Vaccination United Provinces of Agra and Oudh 1914-1922 - 1914-1922
Year: 1914
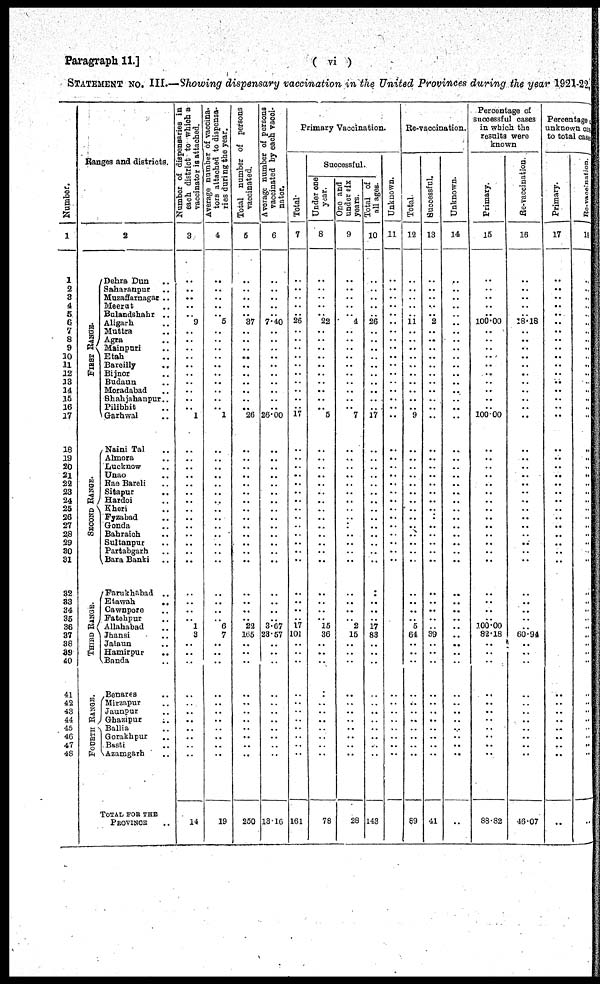
Paragraph 11.]
( vi )
STATEMENT No. III.—Showing dispensary vaccination in the United Provinces during the year 1921-22
Number.
1
1
2
3
4
5
6
7
8
9
10
11
12
13
14
15
16
17
18
19
20
21
22
23
24
25
26
27
28
29
30
31
32
33
34
35
36
37
38
39
40
41
42
43
44
45
46
47
48
Ranges and districts.
2
FIRST RANGE.
SECOND RANGE.
THIRD RANGE.
FOURTH RANGE.
Dehra Dun ..
Saharanpur ..
Muzaffarnagar ..
Meerut ..
Bulandshahr ..
Aligarh ..
Muttra ..
Agra ..
Mainpuri ..
Etah ..
Bareilly ..
Bijnor ..
Budaun ..
Moradabad ..
Shahjahanpur ..
Pilibhit ..
Garhwal ..
Naini Tal ..
Almora ..
Lucknow ..
Unao ..
Rae Bareli ..
Sitapur ..
Hardoi ..
Kheri ..
Fyzabad ..
Gonda ..
Bahraich ..
Sultanpur ..
Partabgarh ..
Bara Banki ..
Farukhabad ..
Etawah ..
Cawnpore ..
Fatehpur ..
Allahabad ..
Jhansi ..
Jalaun ..
Hamirpur ..
Banda ..
Benares ..
Mirzapur ..
Jaunpur ..
Ghazipur ..
Ballia ..
Gorakhpur ..
Basti ..
Azamgarh ..
TOTAL FOR THE
PROVINCE ..
Number of dispensaries in
each district to which a
vaccinator is attached.
3
..
..
..
..
..
9
..
..
..
..
..
..
..
..
..
.. 1
..
..
..
..
..
..
..
..
..
..
..
..
..
..
..
..
..
..
1
3
..
..
..
..
..
..
..
..
..
..
..
14
Average number of vaccina¬
tors attached to dispensa-
ries during the year.
4
..
..
..
..
..
5
..
..
..
..
..
..
..
..
..
.. 1
..
..
..
..
..
..
..
..
..
..
..
..
..
..
..
..
..
..
6
7
..
..
..
..
..
..
..
..
..
..
..
19
Total number of persons
vaccinated.
5
..
..
..
..
..
37
..
..
..
..
..
..
..
..
..
..
26
..
..
..
..
..
..
..
..
..
..
..
..
..
..
..
..
..
..
22
165
..
..
..
..
..
..
..
..
..
..
..
250
Average number of persons
vaccinated by each vacci¬
nator.
6
..
..
..
..
..
7.40
..
..
..
..
..
..
..
..
..
..
26.00
..
..
..
..
..
..
..
..
..
..
..
..
..
..
..
..
..
..
3.67
23.57
..
..
..
..
..
..
..
..
..
..
..
13.16
Primary Vaccination.
Total
7
..
..
..
..
..
26
..
..
..
..
..
..
..
..
..
..
17
..
..
..
..
..
..
..
..
..
..
..
..
..
..
..
..
..
..
17
101
..
..
..
..
..
..
..
..
..
..
..
161
Successful.
Under one
year.
8
..
..
..
..
..
22
..
..
..
..
..
..
..
..
..
.. 5
..
..
..
..
..
..
..
..
..
..
..
..
..
..
..
..
..
..
15
36
..
..
..
..
..
..
..
..
..
..
..
78
One and
under six
years.
9
..
..
..
..
..
4
..
..
..
..
..
..
..
..
..
.. 7
..
..
..
..
..
..
..
..
..
..
..
..
..
..
..
..
..
..
2
15
..
..
..
..
..
..
..
..
..
..
..
28
Total of
all ages.
10
..
..
..
..
..
26
..
..
..
..
..
..
..
..
..
.. 17
..
..
..
..
..
..
..
..
..
..
..
..
..
..
..
..
..
..
17
83
..
..
..
..
..
..
..
..
..
..
..
143
Unknown.
11
..
..
..
..
..
..
..
..
..
..
..
..
..
..
..
..
..
..
..
..
..
..
..
..
..
..
..
..
..
..
..
..
..
..
..
..
..
..
..
..
..
..
..
..
..
..
..
..
..
Re-vaccination.
Total.
12
..
..
..
..
..
11
..
..
..
..
..
..
..
..
..
.. 9
..
..
..
..
..
..
..
..
..
..
..
..
..
..
..
..
..
5
64
..
..
..
..
..
..
..
..
..
..
..
89
Successful.
13
..
..
..
..
..
2
..
..
..
..
..
..
..
..
..
..
..
..
..
..
..
..
..
..
..
..
..
..
..
..
..
..
..
..
..
..
39
..
..
..
..
..
..
..
..
..
..
..
41
Unknown.
14
..
..
..
..
..
..
..
..
..
..
..
..
..
..
..
..
..
..
..
..
..
..
..
..
..
..
..
..
..
..
..
..
..
..
..
..
..
..
..
..
..
..
..
..
..
..
..
..
..
Percentage of
successful cases
in which the
results were
known
Primary.
15
..
..
..
..
..
100.00
..
..
..
..
..
..
..
..
..
.. 100.00
..
..
..
..
..
..
..
..
..
..
..
..
..
..
..
..
..
..
100.00 82.18
..
..
..
..
..
..
..
..
..
..
..
88.82
Re-vaccination
16
..
..
..
..
..
18.18
..
..
..
..
..
..
..
..
..
..
..
..
..
..
..
..
..
..
..
..
..
..
..
..
..
..
..
..
..
..
60.94
..
..
..
..
..
..
..
..
..
..
..
46.07
Percentage of
unknown cases
to total cases.
Primary.
17
..
..
..
..
..
..
..
..
..
..
..
..
..
..
..
..
..
..
..
..
..
..
..
..
..
..
..
..
..
..
..
..
..
..
..
..
..
..
..
..
..
..
..
..
..
..
..
..
..
Re-vaccination.
18
..
..
..
..
..
..
..
..
..
..
..
..
..
..
..
..
..
..
..
..
..
..
..
..
..
..
..
..
..
..
..
..
..
..
..
..
..
..
..
..
..
..
..
..
..
..
..
..
..